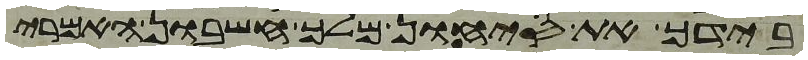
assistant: בידך את סיחון מלך חשבון האמרי